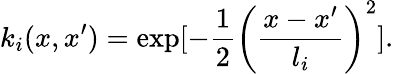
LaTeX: k_{i}(x,x^{\prime})=\exp[-\frac{1}{2}\left(\frac{x-x^{\prime}}{l_{i}}\right)^{2}].